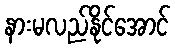
နားမလည်နိုင်အောင်